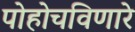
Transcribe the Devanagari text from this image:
पोहोचविणारे